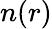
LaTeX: n(r)